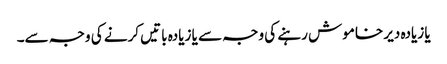
یا زیادہ دیر خاموش رہنے کی وجہ سے یا زیادہ باتیں کرنے کی وجہ سے۔